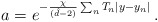
\begin{align*}a=e^{-\frac{\chi}{(\hat{d}-2)}\sum_{n}T_{n}|y-y_{n}|}\, .\end{align*}